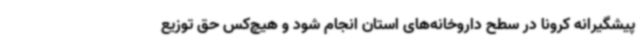
پیشگیرانه کرونا در سطح داروخانه‌های استان انجام شود و هیچ‌کس حق توزیع